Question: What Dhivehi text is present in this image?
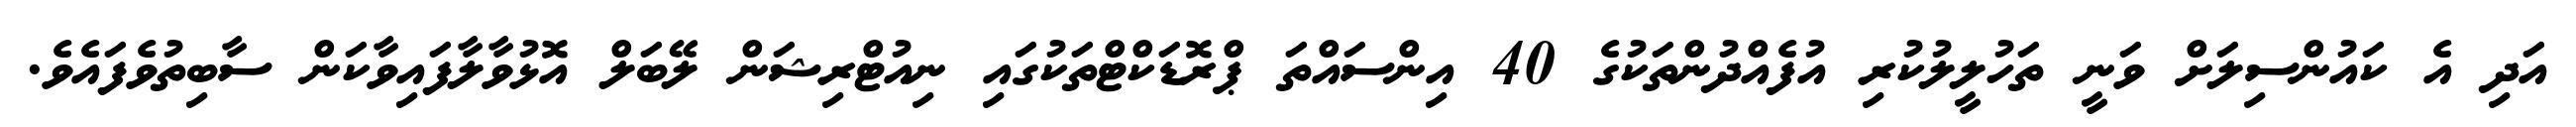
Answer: އަދި އެ ކައުންސިލަށް ވަނީ ތަހުލީލުކުރި އުފެއްދުންތަކުގެ 40 އިންސައްތަ ޕްރޮޑަކްޓްތަކުގައި ނިއުޓްރިޝަން ލޭބަލް އޮޅުވާލާފައިވާކަން ސާބިތުވެފައެވެ.